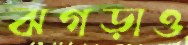
ঝগড়াও